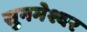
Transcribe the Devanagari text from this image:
सुनमेश्वर